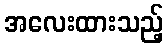
အလေးထားသည့်